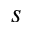
s